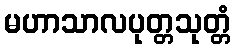
မဟာသာလပုတ္တသုတ္တံ